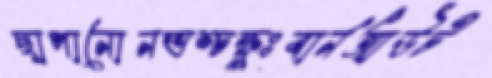
ছাপানোনভশ্চক্ষুঃবার্নআউট